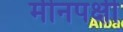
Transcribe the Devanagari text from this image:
मीनपक्षी